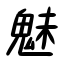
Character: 魅